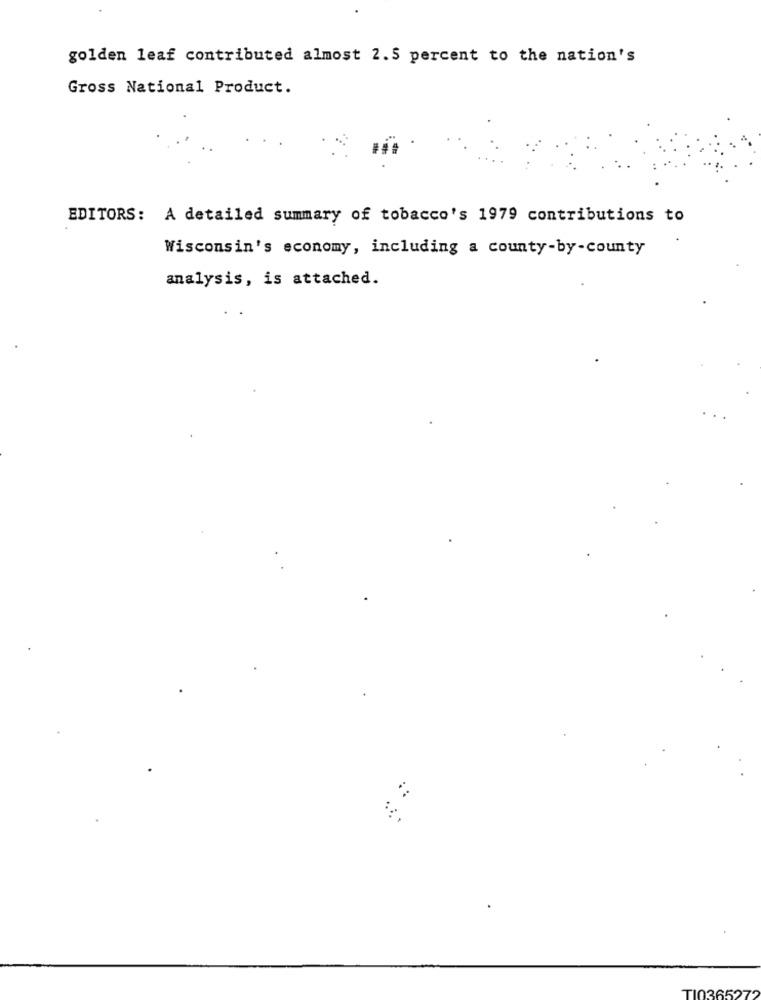
golden leaf contributed almost 2.5 percent to the nation's
Gross National Product.
EDITORS: A detailed summary of tobacco's 1979 contributions to
Wisconsin's economy, including a county-by-county
analysis, is attached.
TI0365272